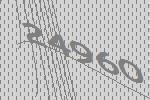
24960